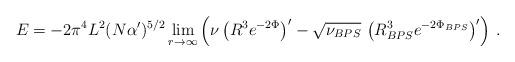
LaTeX: \begin{align*}E = - 2 \pi^4 L^2 (N \alpha')^{5/2}\lim_{r\to\infty}\left(\nu \left( R^3 e^{-2\Phi} \right)' - \sqrt{\nu_{BPS}} \,\left( R^3_{BPS} e^{-2\Phi_{BPS}} \right)'\right)\,.\end{align*}